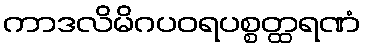
ကာဒလိမိဂပဝရပစ္စတ္ထရဏံ